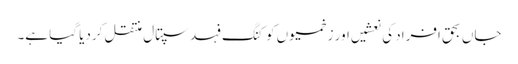
جاں بحق افراد کی نعشیں اور زخمیوں کو کنگ فہد سپتال منتقل کردیا گیا ہے۔